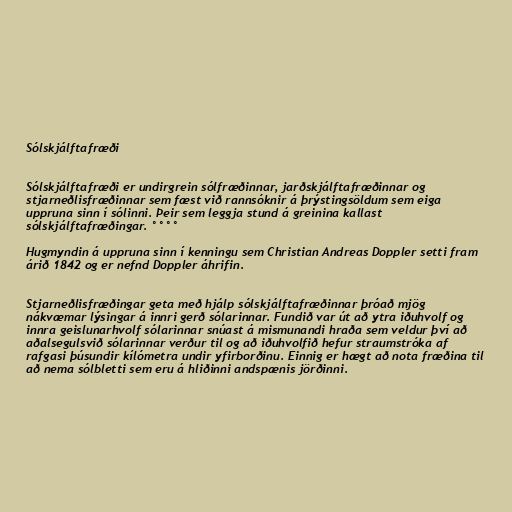
Sólskjálftafræði

Sólskjálftafræði er undirgrein sólfræðinnar, jarðskjálftafræðinnar og
stjarneðlisfræðinnar sem fæst við rannsóknir á þrýstingsöldum sem eiga
uppruna sinn í sólinni. Þeir sem leggja stund á greinina kallast
sólskjálftafræðingar. °°°°

Hugmyndin á uppruna sinn í kenningu sem Christian Andreas Doppler setti fram
árið 1842 og er nefnd Doppler áhrifin.

Stjarneðlisfræðingar geta með hjálp sólskjálftafræðinnar þróað mjög
nákvæmar lýsingar á innri gerð sólarinnar. Fundið var út að ytra iðuhvolf og
innra geislunarhvolf sólarinnar snúast á mismunandi hraða sem veldur því að
aðalsegulsvið sólarinnar verður til og að iðuhvolfið hefur straumstróka af
rafgasi þúsundir kílómetra undir yfirborðinu. Einnig er hægt að nota fræðina til
að nema sólbletti sem eru á hliðinni andspænis jörðinni.